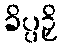
ခိပ္ပဉှိ